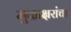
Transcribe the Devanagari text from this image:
मुळाक्षरांचा